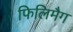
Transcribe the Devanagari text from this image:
फिलिमैग